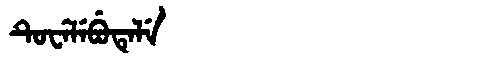
Manchu: ᡨᡠᠸᡝᠯᡝᠪᡠᡨᡝᠯᡝ
Romanization: TUWELEBUTELE